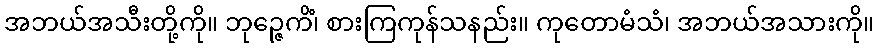
အဘယ်အသီးတို့ကို။ ဘုဉ္ဇေကိံ၊ စားကြကုန်သနည်း။ ကုတောမံသံ၊ အဘယ်အသားကို။